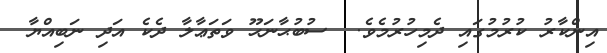
އިންކާރު ކުރުމުގައި ދެމިހުރުމެވެ.  ސުބުޙާނަޙޫ ވަތަޢާލާ ދެކެ އަދި ނަބިއްޔާ